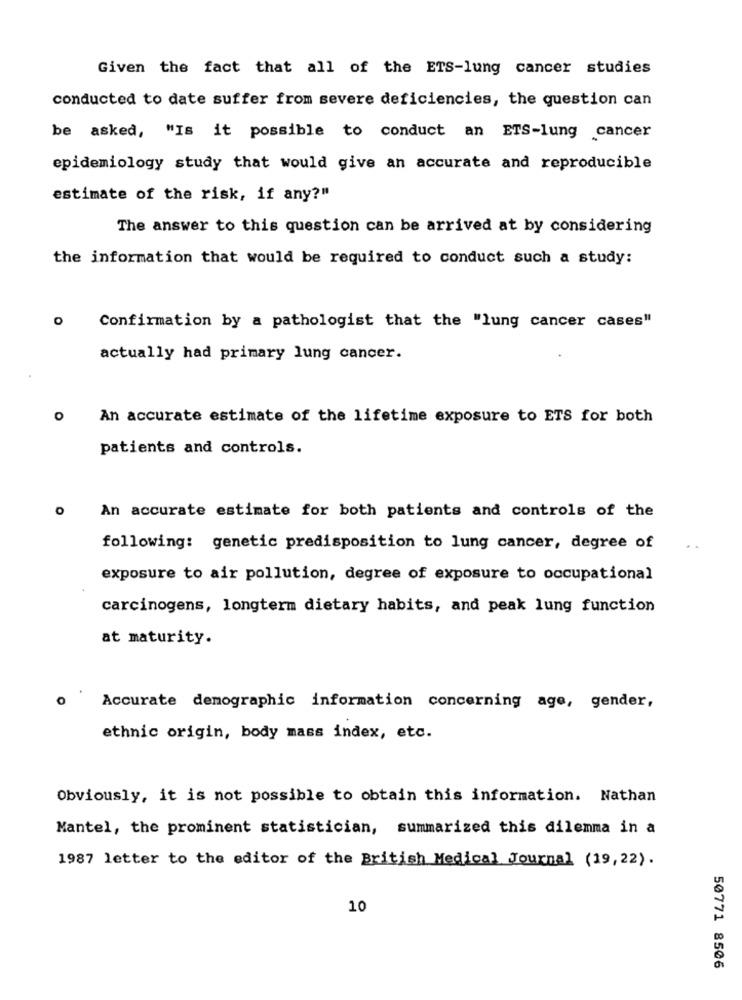
Given the fact that all of the ETS-lung cancer studies
conducted to date suffer from severe deficiencies, the question can
be asked, "Is it possible to conduct an ETS-lung cancer
epidemiology study that would give an accurate and reproducible
estimate of the risk, if any?"
The answer to this question can be arrived at by considering
the information that would be required to conduct such a study:
Confirmation by a pathologist that the "lung cancer cases"
actually had primary lung cancer.
O
An accurate estimate of the lifetime exposure to ETS for both
patients and controls.
0
An accurate estimate for both patients and controls of the
following: genetic predisposition to lung cancer, degree of
exposure to air pollution, degree of exposure to occupational
carcinogens, longterm dietary habits, and peak lung function
at maturity.
0
Accurate demographic information concerning age, gender,
ethnic origin, body mass index, etc.
Obviously, it is not possible to obtain this information. Nathan
Mantel, the prominent statistician, summarized this dilemma in a
1987 letter to the editor of the British Medical Journal (19,22).
10
50771 8506